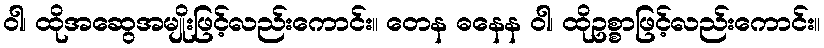
ဝါ၊ ထိုအဆွေအမျိုးဖြင့်လည်းကောင်း။ တေန ဓနေန ဝါ၊ ထိုဥစ္စာဖြင့်လည်းကောင်း။